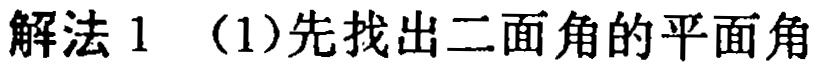
解法 1 （1）先找出二面角的平面角